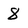
Character: 8